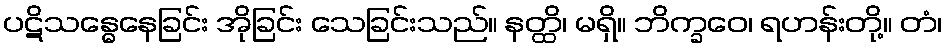
ပဋိသန္ဓေနေခြင်း အိုခြင်း သေခြင်းသည်။ နတ္ထိ၊ မရှိ။ ဘိက္ခဝေ၊ ရဟန်းတို့။ တံ၊